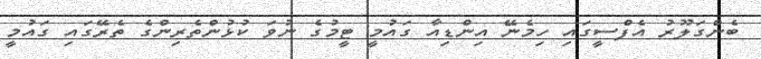
ބެންގަލޫރު އެފްސީގައި ހިމެނޭ އިންޑިއާ ގައުމީ ޓީމުގެ ނުވަ ކުޅުންތެރިންގެ ތެރޭގައި ގައުމީ